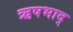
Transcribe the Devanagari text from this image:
ऋषभाद्